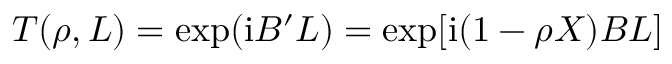
T ( \rho , L ) = \exp ( \mathrm { i } B ^ { \prime } L ) = \exp [ \mathrm { i } ( 1 - \rho X ) B L ]